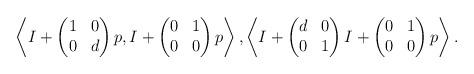
LaTeX: \begin{align*}\left \langle I + \begin{pmatrix} 1 & 0 \\ 0 & d \end{pmatrix} p, I + \begin{pmatrix} 0 & 1 \\ 0 & 0 \end{pmatrix}p \right \rangle, \left \langle I + \begin{pmatrix} d & 0 \\ 0 & 1 \end{pmatrix} I + \begin{pmatrix} 0 & 1 \\ 0 & 0 \end{pmatrix} p \right \rangle.\end{align*}